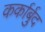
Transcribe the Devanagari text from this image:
कर्कार्बुद